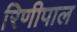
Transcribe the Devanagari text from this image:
रिणीपाल